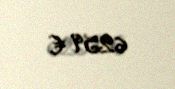
6259 €